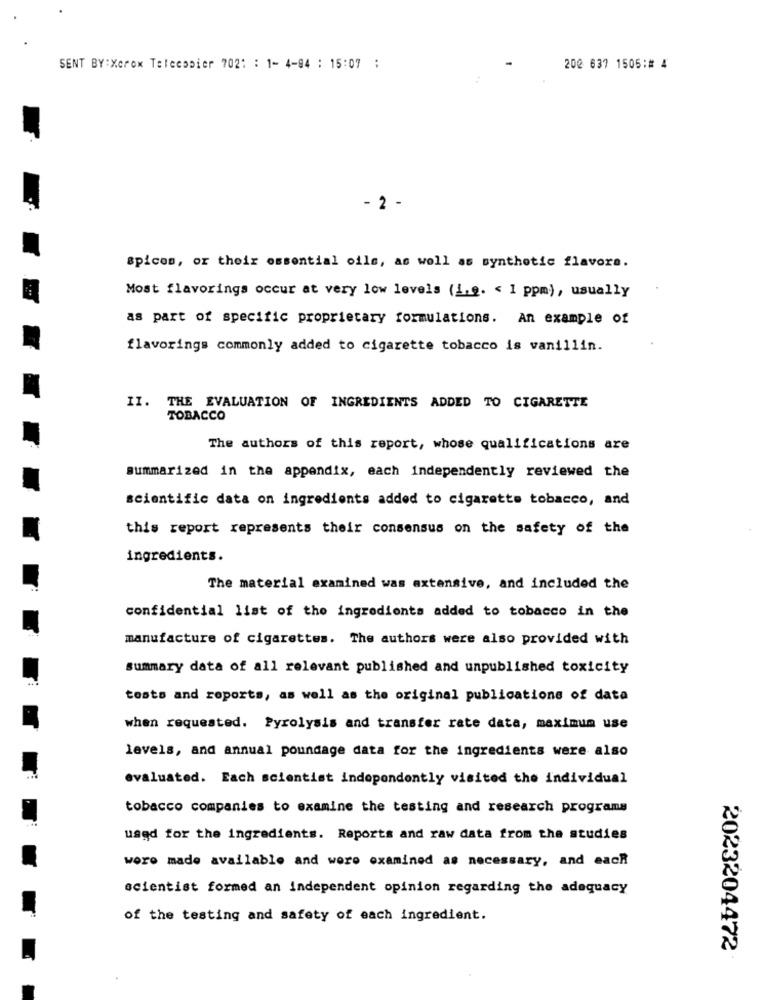
SENT BY:Xerox Telecopier 702: : 1- 4-84 : 15:07 :
202 637 1505:# 4
- 2 -
spicom, or their essential oils, as well as synthetic flavors.
Most flavorings occur at very low levels (1,9. < 1 ppm), usually
as part of specific proprietary formulations. An example of
flavorings commonly added to cigarette tobacco is vanillin.
II. THE EVALUATION OF INGREDIENTS ADDED TO CIGARETTE
TOBACCO
The authors of this report, whose qualifications are
summarized in the appendix, each independently reviewed the
scientific data on ingredients added to cigarette tobacco, and
this report represents their consensus on the safety of the
ingredients.
The material examined was extensive, and included the
confidential list of the ingredients added to tobacco in the
manufacture of cigarettes. The authors were also provided with
summary data of all relevant published and unpublished toxicity
tests and reports, as well as the original publications of data
when requested. Pyrolysis and transfer rate data, maximum use
levels, and annual poundage data for the ingredients were also
evaluated. Each scientist independently visited the individual
tobacco companies to examine the testing and research programs
used for the ingredients. Reports and raw data from the studies
woro made available and woro examined as necessary, and each
scientist formed an independent opinion regarding the adequacy
of the testing and safety of each ingredient.
2023204472